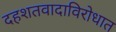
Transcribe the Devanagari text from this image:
दहशतवादाविरोधात